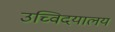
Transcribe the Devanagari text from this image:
उच्विदयालय